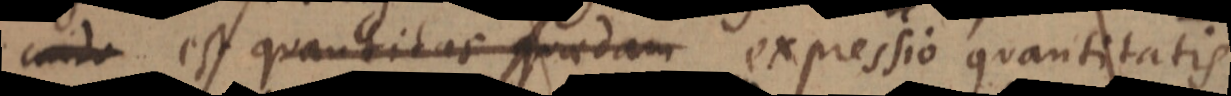
condi est quantitas quaedam expressio quantitatis